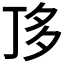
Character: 𠀲